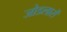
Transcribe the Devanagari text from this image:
जोडलासें